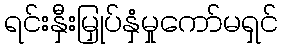
ရင်းနှီးမြှုပ်နှံမှုကော်မရှင်